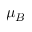
\mu _ { B }